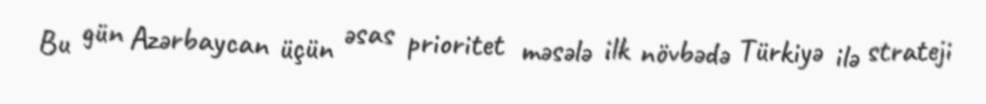
Bu gün Azərbaycan üçün əsas prioritet məsələ ilk növbədə Türkiyə ilə strateji